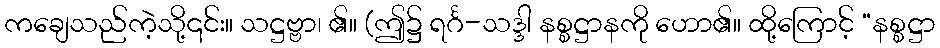
ကချေသည်ကဲ့သို့၎င်း။ သဋ္ဌဗ္ဗာ၊ ၏။ (ဤ၌ ရင်္ဂ-သဒ္ဒါ နစ္စဋ္ဌာနကို ဟော၏။ ထို့ကြောင့် “နစ္စဋ္ဌာ